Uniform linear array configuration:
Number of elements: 48
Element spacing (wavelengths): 0.25
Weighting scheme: cosine
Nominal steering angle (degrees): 0
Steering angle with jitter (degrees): -1.333
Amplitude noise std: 0.05
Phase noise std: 0.05

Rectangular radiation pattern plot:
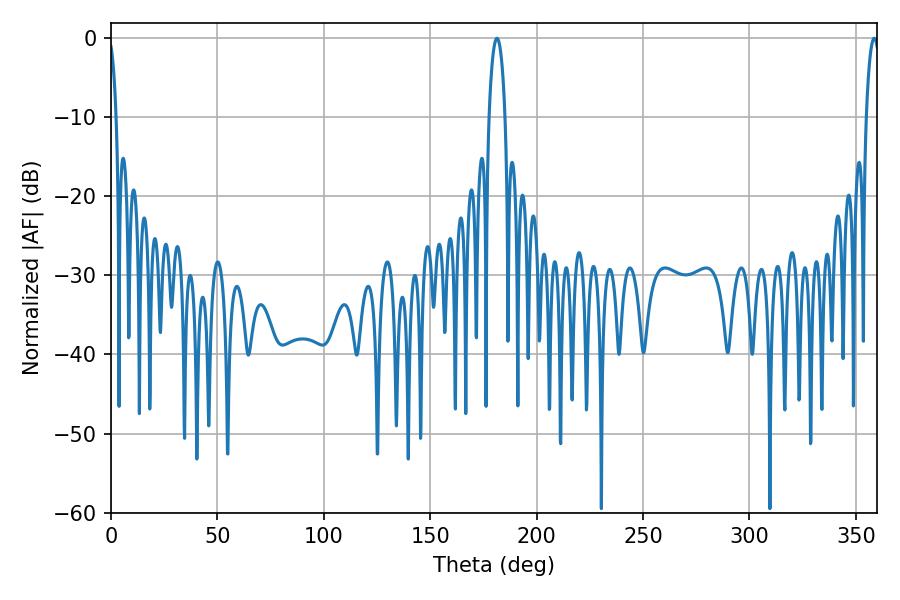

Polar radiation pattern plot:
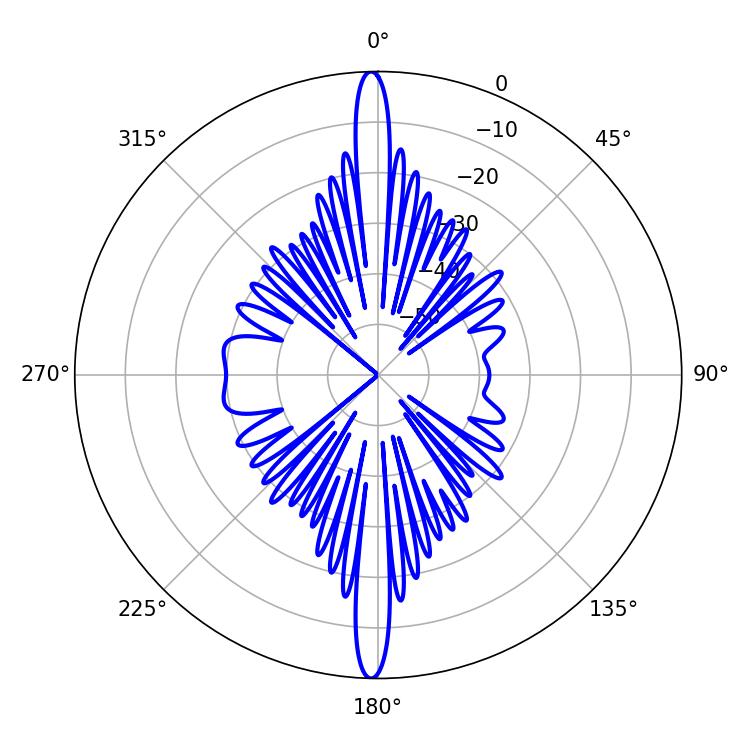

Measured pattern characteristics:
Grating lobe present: FALSE
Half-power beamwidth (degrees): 3.42
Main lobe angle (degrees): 358.56